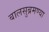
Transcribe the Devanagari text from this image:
बालसुब्रमण्या